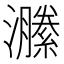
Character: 𤂵